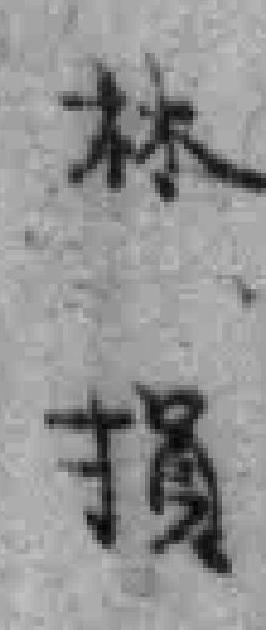
林損